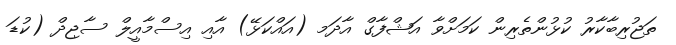
ތަޖުރިބާކާރު ކުޅުންތެރިން ކަމަށްވާ އަޝްފާގް އާދަމ (އައްކަޅޭ) އާއި އިސްމާއީލް ސާޖިދް (ކުޑަ